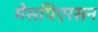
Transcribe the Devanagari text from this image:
मेसपिएरसन